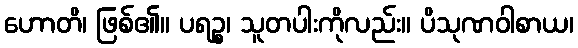
ဟောတိ၊ ဖြစ်၏။ ပရဉ္စ၊ သူတပါးကိုလည်း။ ပိသုဏဝါစာယ၊